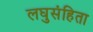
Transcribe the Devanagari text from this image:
लघुसंहिता